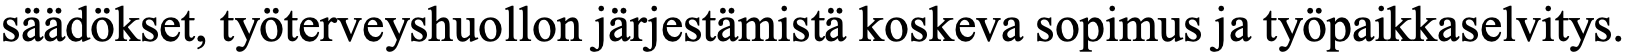
säädökset, työterveyshuollon järjestämistä koskeva sopimus ja työpaikkaselvitys.